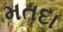
મતદા